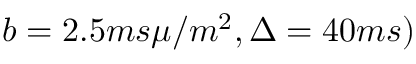
b = 2 . 5 m s \mu / m ^ { 2 } , \Delta = 4 0 m s )